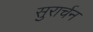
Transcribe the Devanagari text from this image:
सुरार्चन